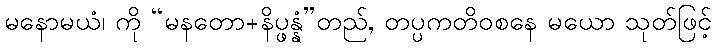
မနောမယံ၊ ကို “မနတော+နိပ္ဖန္နံ”တည်, တပ္ပကတိဝစနေ မယော သုတ်ဖြင့်